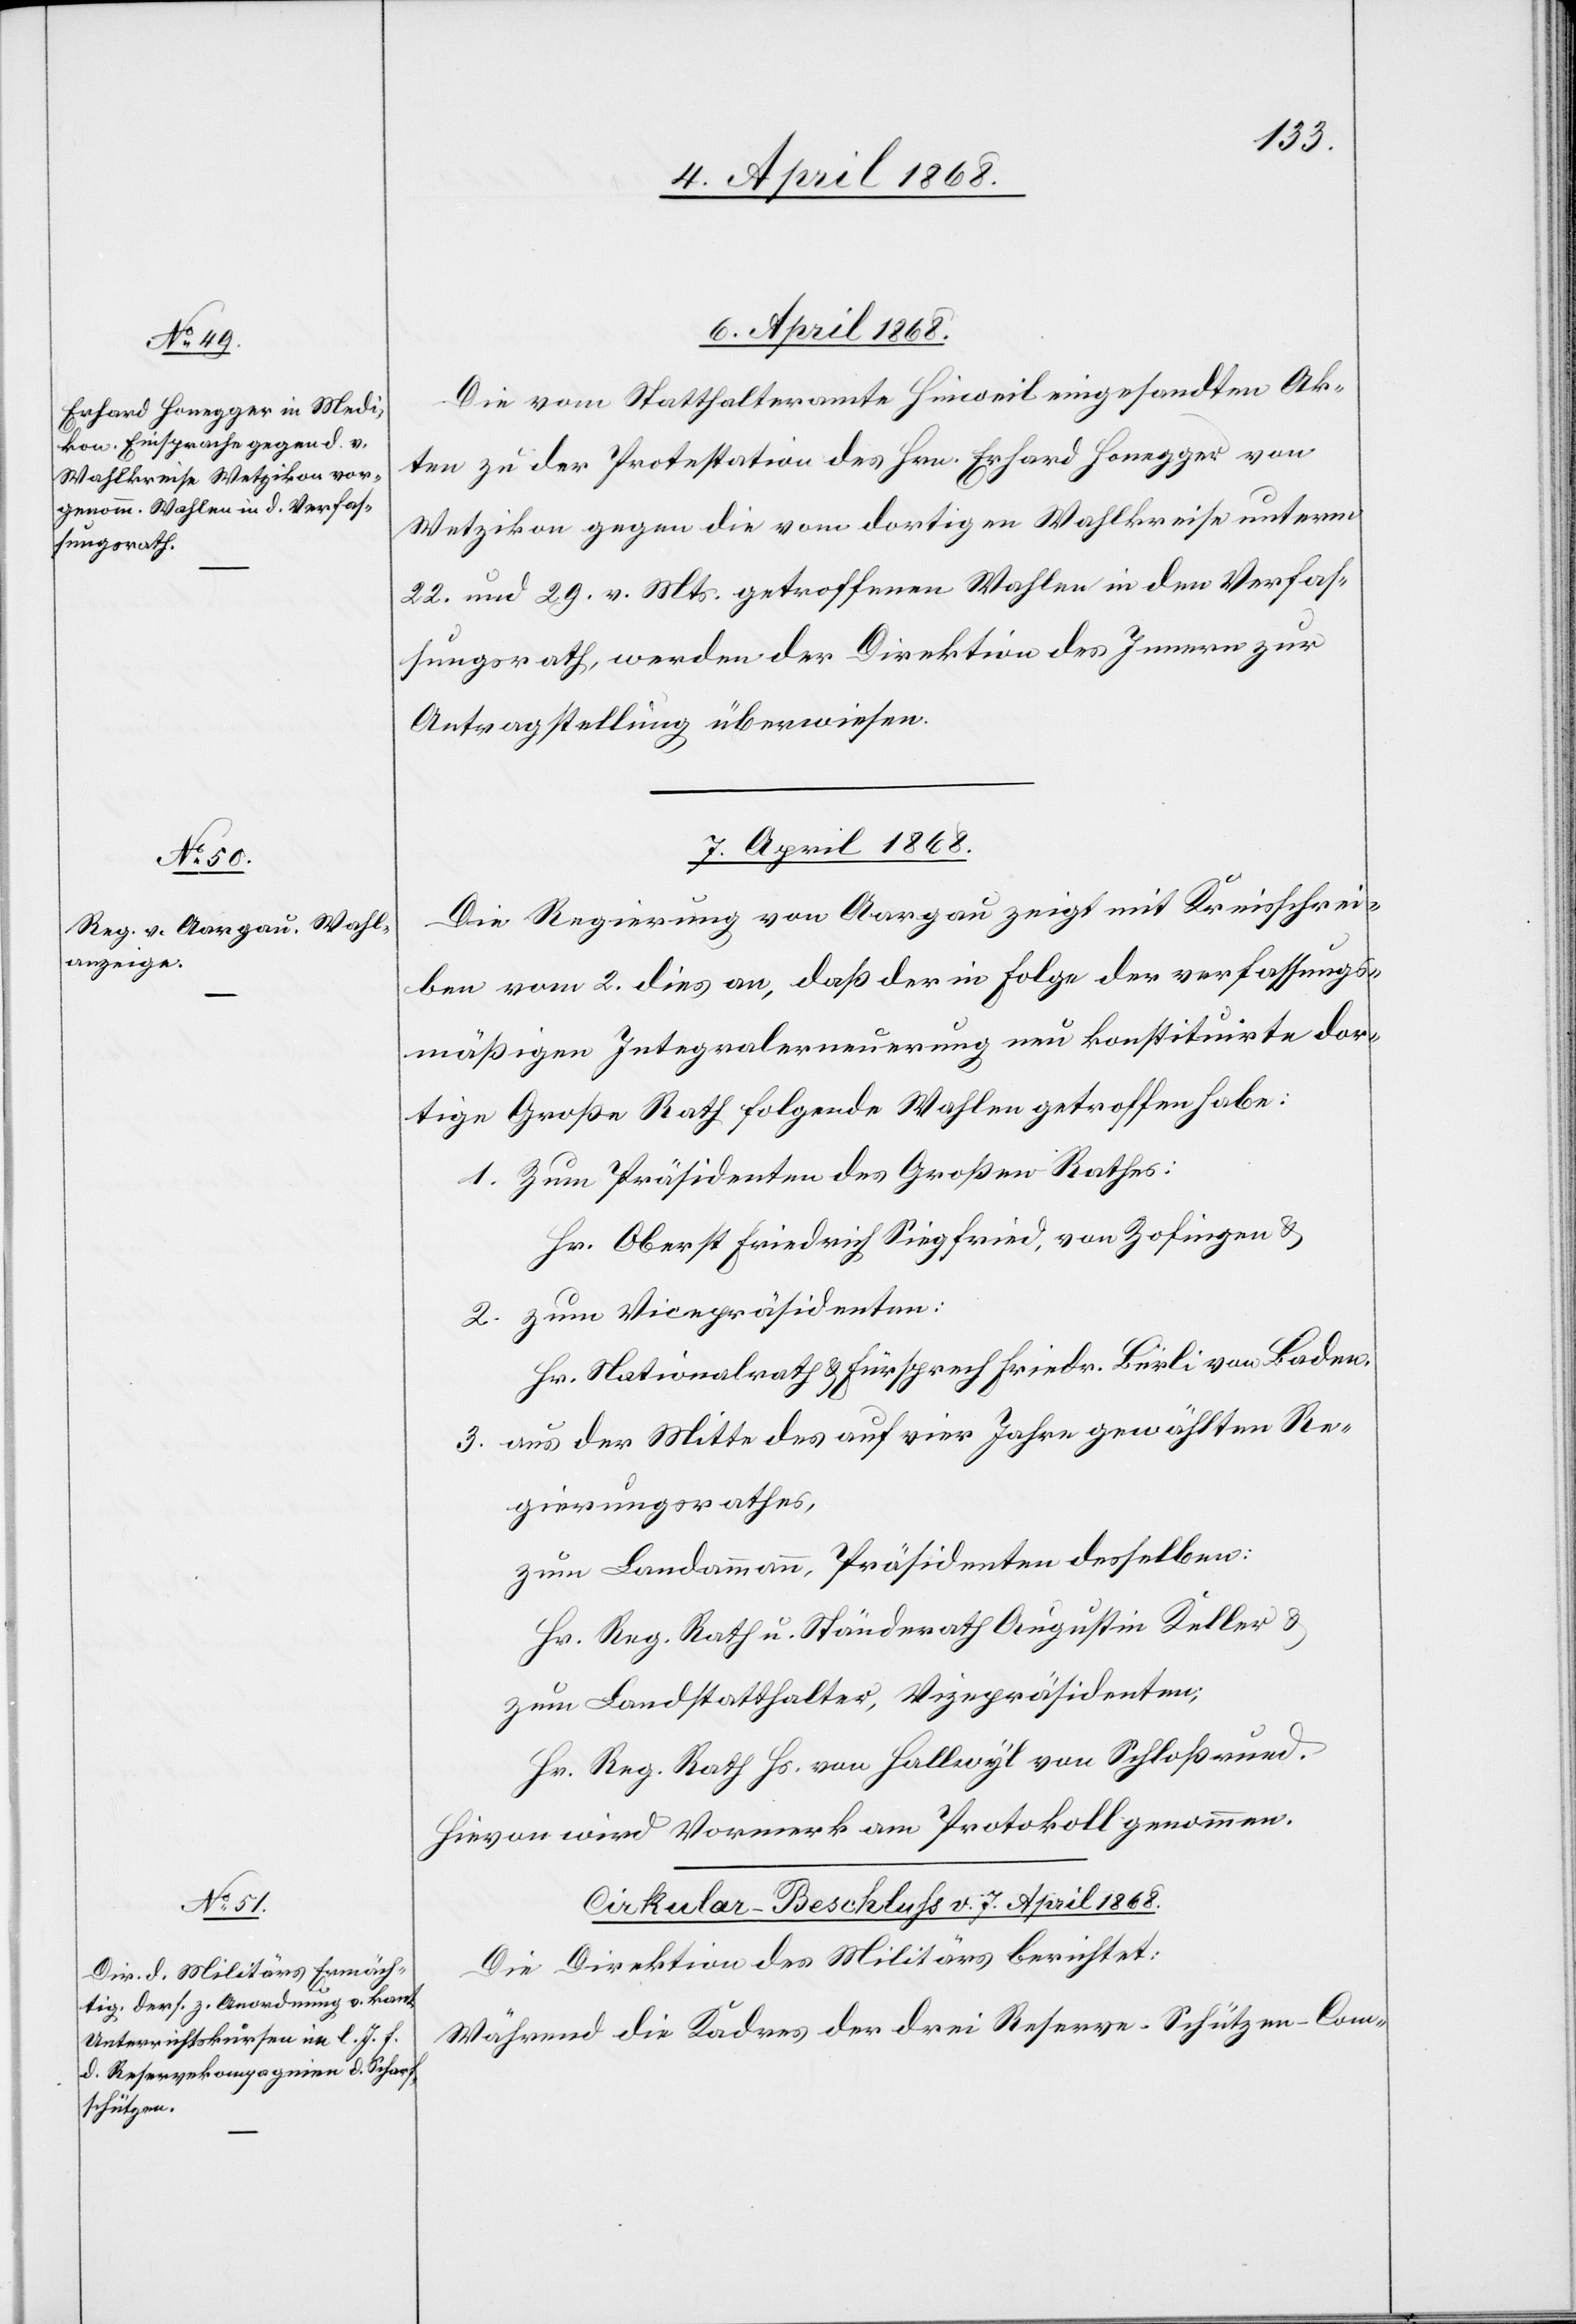
6. April 1868.
Die vom Statthalteramte Hinweil eingesandten Ak¬
ten zu der Protestation des Hrn. Erhard Honegger von
Wetzikon gegen die vom dortigen Wahlkreise unterm
22. und 29. v. Mts. getroffenen Wahlen in den Verfas¬
sungsrath, werden der Direktion des Innern zur
Antragstellung überwiesen.
7. April 1868.
Die Regierung von Aargau zeigt mit Kreisschrei¬
ben vom 2. dies an, daß der in Folge der verfassungs¬
mäßigen Integralerneuerung neu konstituirte dor¬
tige Große Rath folgende Wahlen getroffen habe:
Zum Präsidenten des Großen Rathes:
Hr. Oberst Friedrich Siegfried, von Zofingen &
zum Vicepräsidenten:
Hr. Nationalrath & Fürsprech Friedr. Bürli von Baden,
aus der Mitte des auf vier Jahre gewählten Re¬
gierungsrathes,
zum Landammann, Präsidenten desselben:
Hr. Reg. Rath u. Ständerath Augustin Keller &
zum Landstatthalter, Vizepräsidenten;
Hr. Reg. Rath Hs. von Hallwyl von Schloßru[?e]d.
Hievon wird Vormerk am Protokoll genommen.
Cirkular-Beschluss v. 7. April 1868.
Die Direktion des Militärs berichtet:
Während die Kadres der drei Reserve-Schützen-Com-